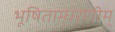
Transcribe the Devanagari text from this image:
भूषिताम्धरणीम्